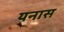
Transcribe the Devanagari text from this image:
यनास